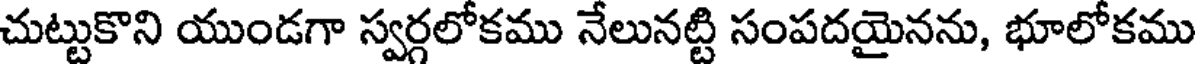
చుట్టుకొని యుండగా స్వర్గలోకము నేలునట్టి సంపదయైనను, భూలోకము